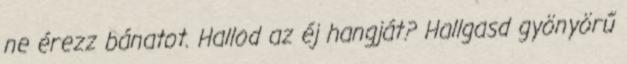
ne érezz bánatot. Hallod az éj hangját? Hallgasd gyönyörű